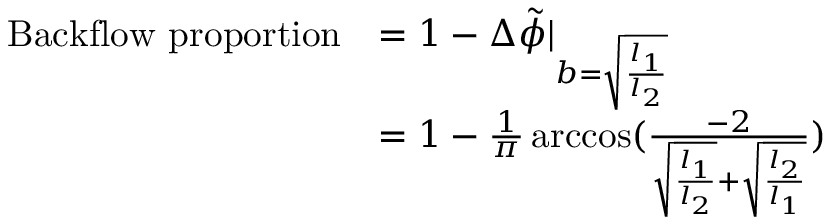
\begin{array} { r l } { \mathrm { B a c k f l o w ~ p r o p o r t i o n } } & { = 1 - \Delta \Tilde { \phi } | _ { b = \sqrt { \frac { l _ { 1 } } { l _ { 2 } } } } } \\ & { = 1 - \frac { 1 } { \pi } \operatorname { a r c c o s } ( \frac { - 2 } { \sqrt { \frac { l _ { 1 } } { l _ { 2 } } } + \sqrt { \frac { l _ { 2 } } { l _ { 1 } } } } ) } \end{array}